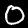
Label: 0